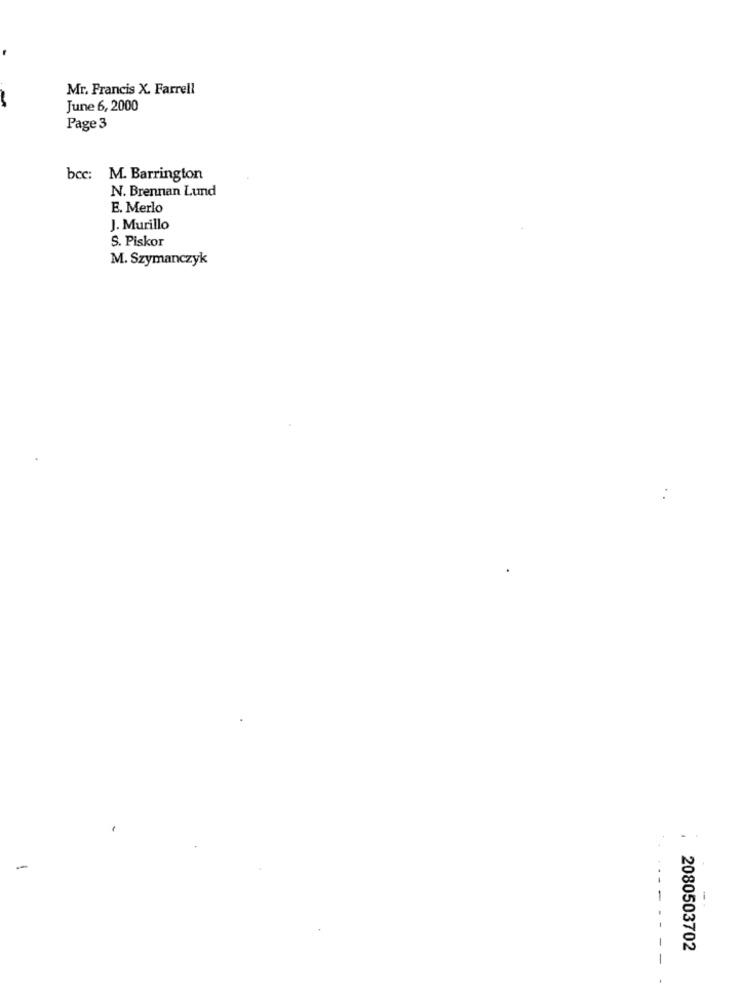
Mr. Francis X. Farrell
June 6, 2000
Page 3
bcc: M. Barrington
N. Brennan Lund
E. Merlo
J. Murillo
S. Piskor
M. Szymanczyk
-
2080503702